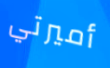
أميرتي